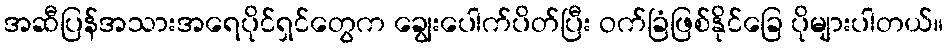
အဆီပြန်အသားအရေပိုင်ရှင်တွေက ချွေးပေါက်ပိတ်ပြီး ဝက်ခြံဖြစ်နိုင်ခြေ ပိုများပါတယ်။